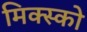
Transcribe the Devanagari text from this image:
मिक्स्को